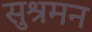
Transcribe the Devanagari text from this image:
सुश्रमन